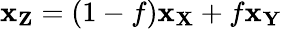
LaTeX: \mathbf{x}_{\mathbf{Z}}=\left(1-f\right)\mathbf{x}_{\mathbf{X}}+f\mathbf{x}_{\mathbf{Y}}